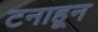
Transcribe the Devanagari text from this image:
टनाहून